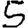
Digit: 5